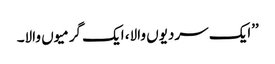
’’ایک سردیوں والا، ایک گرمیوں والا۔